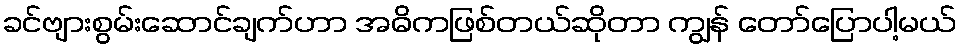
ခင်ဗျားစွမ်းဆောင်ချက်ဟာ အဓိကဖြစ်တယ်ဆိုတာ ကျွန် တော်ပြောပါ့မယ်